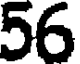
56